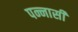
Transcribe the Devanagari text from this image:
पन्नासी